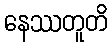
နေဿတူတိ